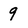
Character: 9